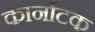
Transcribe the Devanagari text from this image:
कार्नाटक